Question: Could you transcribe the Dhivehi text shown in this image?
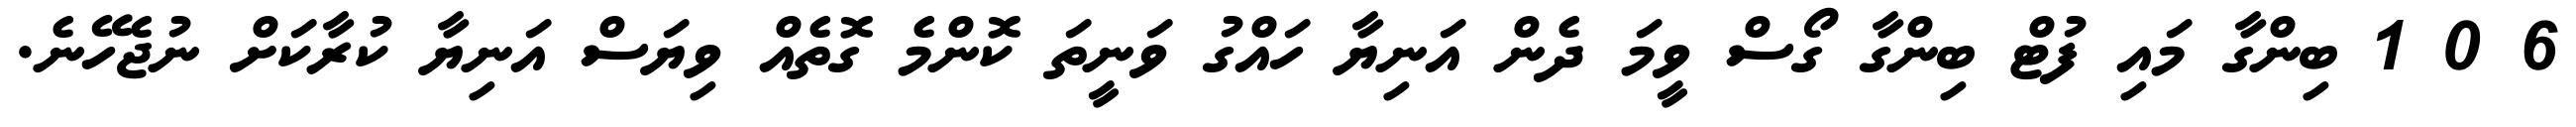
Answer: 6 0 1 ބިންގާ މައި ފުޓް ބިންގާ ގޯސް ވީމަ ދެން އަނިޔާ ހައްގު ވަނީތަ ކޮންމެ ގޮތެއް ވިޔަސް އަނިޔާ ކުރާކަށް ނުޖެހޭނެ.